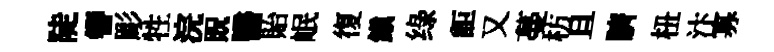
陡簪彫牲浣貺醫貽岷復鎮绿詎又蔓枋旦臍杻汴寡